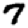
Digit: 7